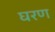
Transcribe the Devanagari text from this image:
घरण